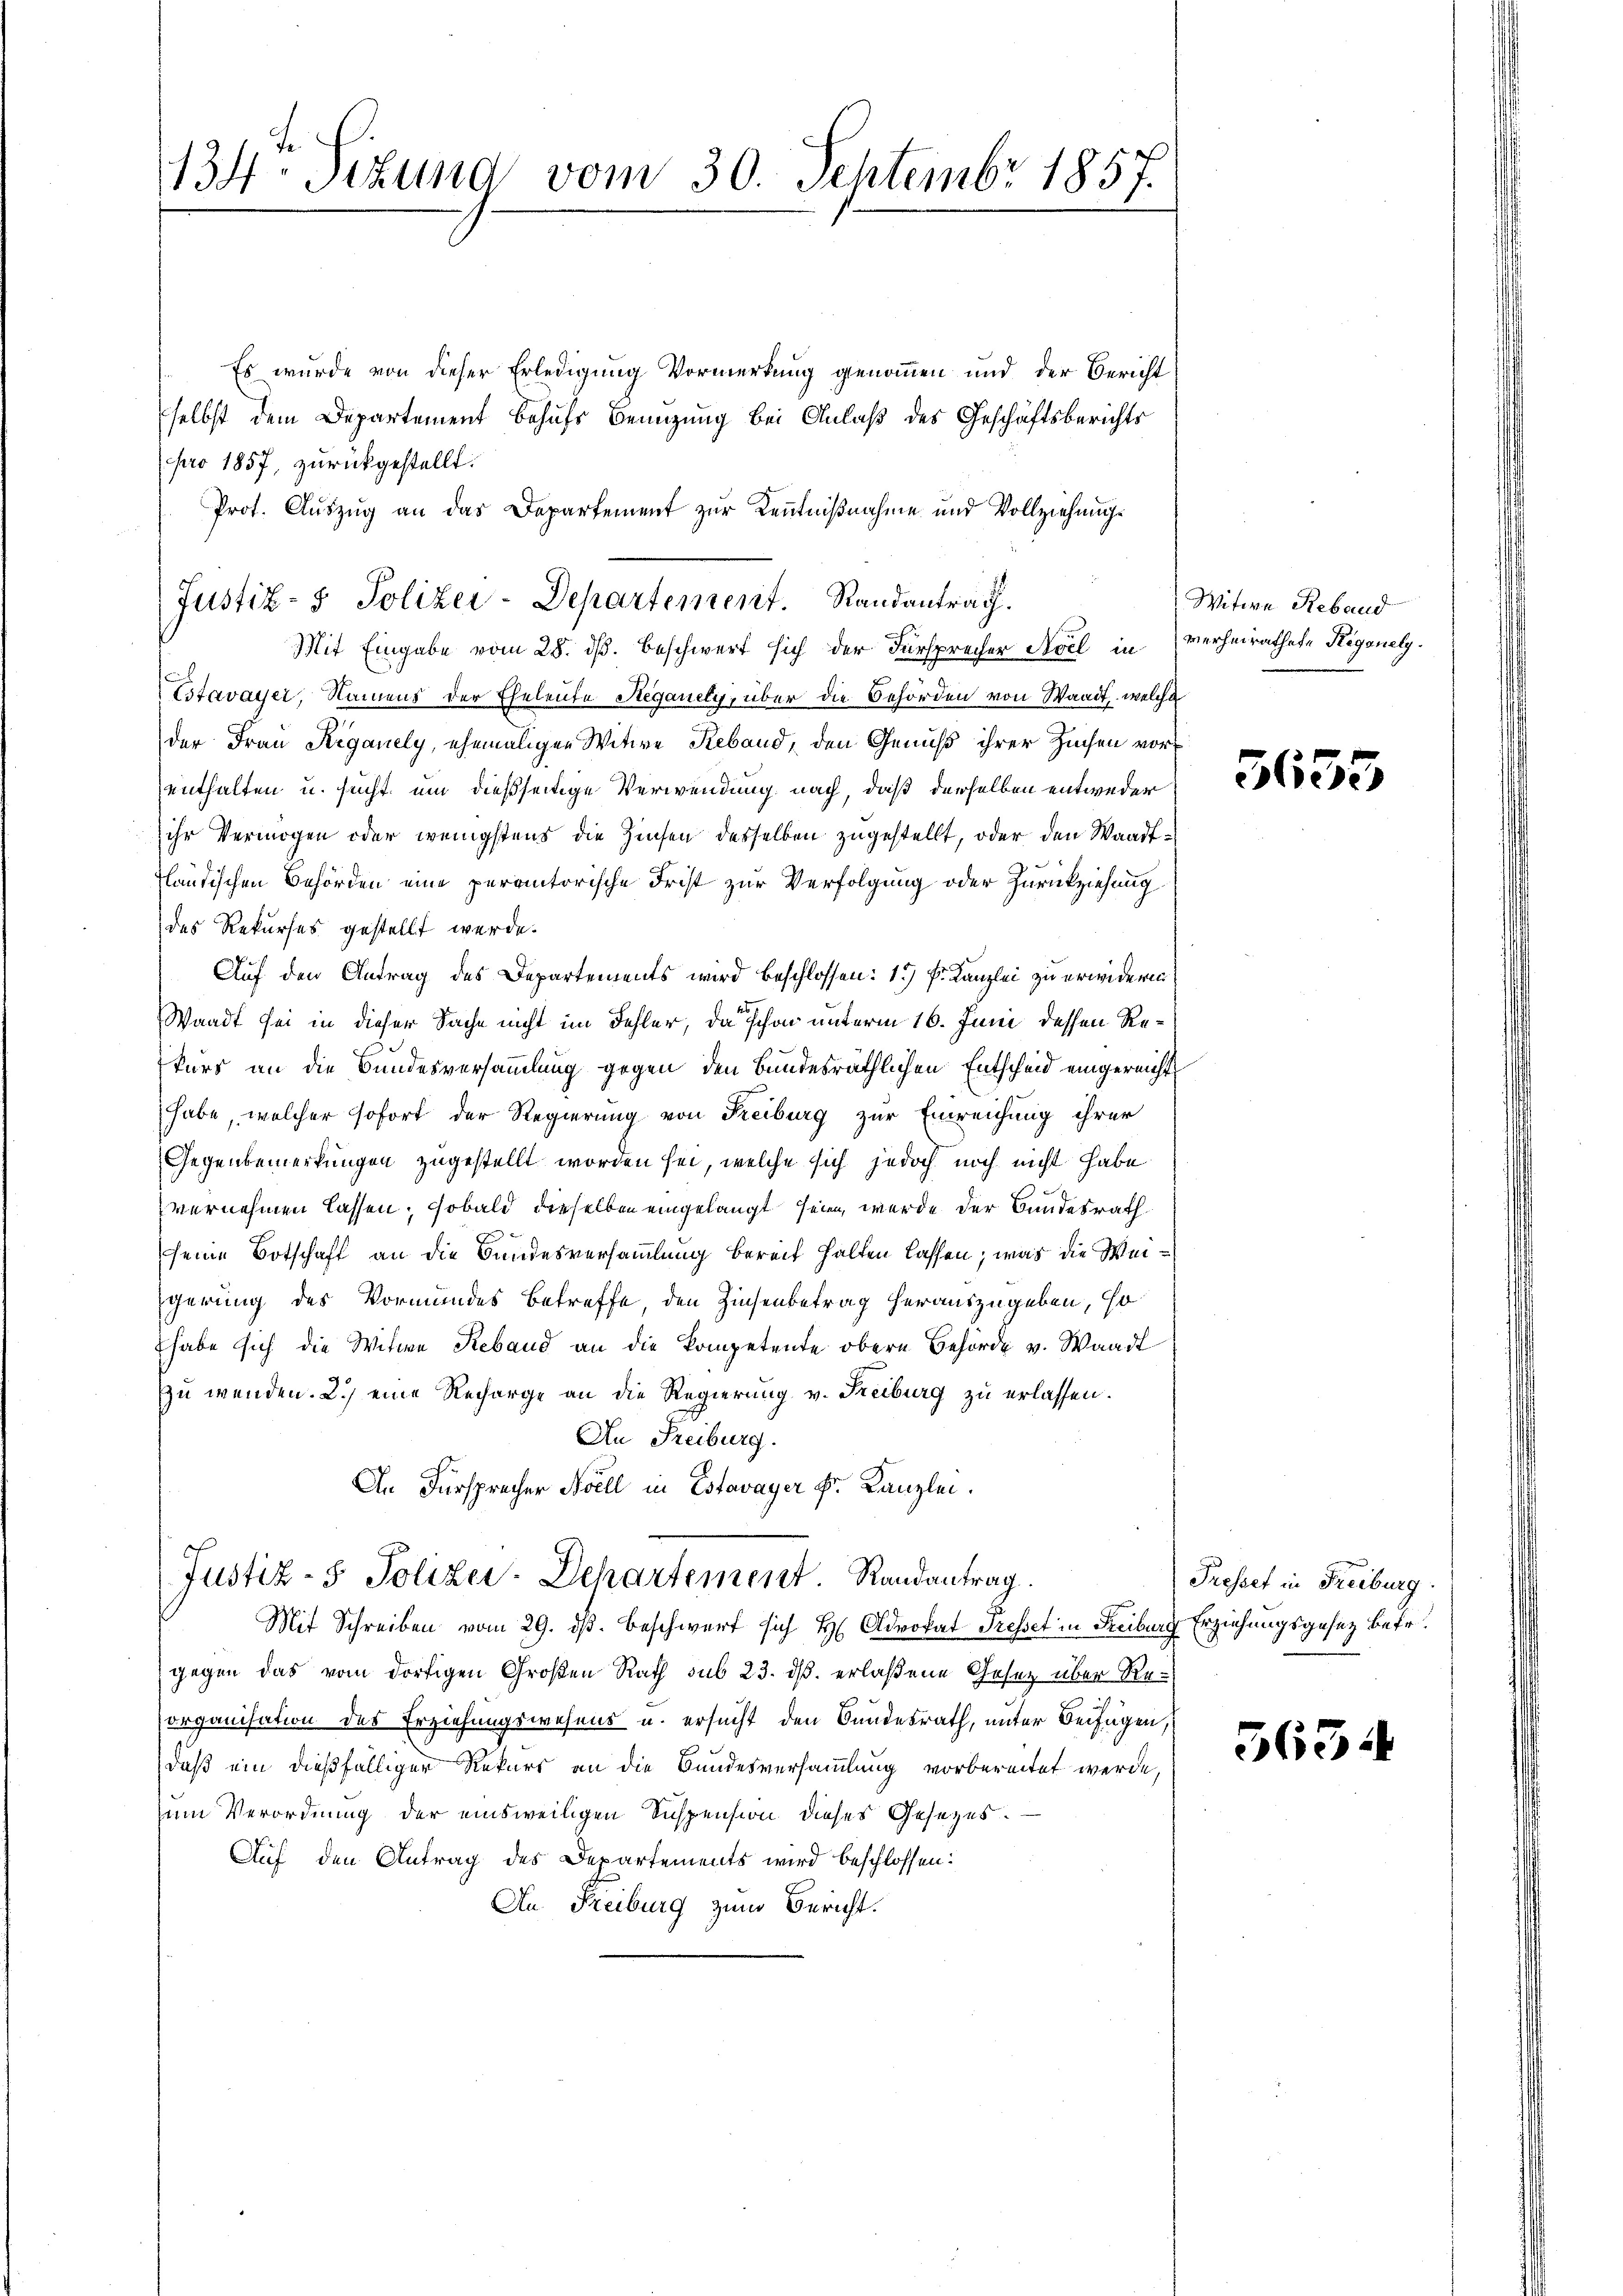
134. Titung vom 30. Septembr 1857.

Justiz- & Polizei-Departement. Randantrag.

Es wurde von dieser Erledigung Vormerkung genommen und der Bericht
selbst dem Departement behufs Benutzung bei Anlaß des Geschäftsberichts
pro 1857, zurückgestellt.
Prot. Auszug an das Departement zur Kenntnißnahme und Vollziehung.
Mit Eingabe vom 28. dß. Beschwert sich der Fürsprecher Avel in verheirathete Rigonely¬
Estavayer, Namens der Eheleute Steganely, über die Behörden von Waadt, welche
der Frau Riganely, ehemaligen Witwe Reband, den Genuß ihrer Zechen vor
enthalten u. sucht, um dießseitige Verwendung nach, daß derselben entweder
ihr Vermögen oder wenigstens die Zinsen desselben zugestellt, oder den Waadtländischen Behörden eine peratorische Frist zur Verfolgung oder Zurückziehung
des Rekurses gestellt werde.
Auf den Antrag des Departements wird beschlossen: 1.) Fr. Kanzlei zu erwideren
Waadt sei in dieser Sache nicht im Fehler, da schon unterm 16. Juni dessen Rekurs an die Bundesversammlung gegen den Bundesräthlichen Entscheid eingereicht
habe, welcher sofort der Regierung von Reiburg zur Einreichung ihrer
Gegenbemerkungen zugestellt worden sei, welche sich jedoch noch nicht habe
vernehmen lassen, sobald dieselben eingelangt seien, werde der Bundesrath
seine Botschaft an die Bundesversammlung bereit halten lassen; was die Weigerung des Vormundes Betreffe, den Zinsenbetrag herauszugeben, so
habe sich die Witwe Reband an die kompetente obern Behörde v. Waadt
zu wenden. 2.) eine Recharge an die Regierung v. Freiburg zu erlassen.
An Freiburg.
An Fürsprecher Noell in Estavayer Fr. Kanzlei.

Mit Schreiben vom 29. d. Beschwert sich H Advokat Presset in Freiburg Erziehungsgesetz betr.
gegen das vom dortigen Großen Rath sub 23. ds. erlaßene Gesetz über Reorganisation des Erziehungswesens u. ersucht den Bundesrath, unter Beifügen,
daß ein dießfälliger Rekurs an die Bundesversammlung vorbereitet werde,
zum Verordnung der einsweiligen Suspension dieses Gesezes¬
Auf den Antrag des Departements wird beschlossen:
An Freiburg zum Bericht.

Justiz- & Polizei-Departement Randantrag.

Witwe Reband

3635.

Presset in Freiburg.

5634